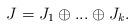
LaTeX: \begin{align*}J = J_1 \oplus ... \oplus J_k.\end{align*}